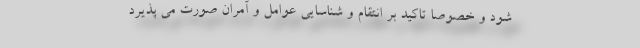
شود و خصوصا تاکید بر انتقام و شناسایی عوامل و آمران صورت می پذیرد